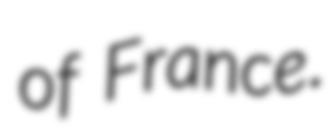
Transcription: of France.